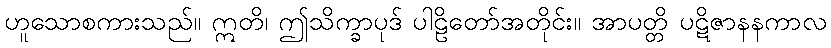
ဟူသောစကားသည်။ ဣတိ၊ ဤသိက္ခာပုဒ် ပါဠိတော်အတိုင်း။ အာပတ္တိ ပဋိဇာနနကာလ